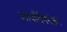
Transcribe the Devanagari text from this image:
आयर्विननंतर